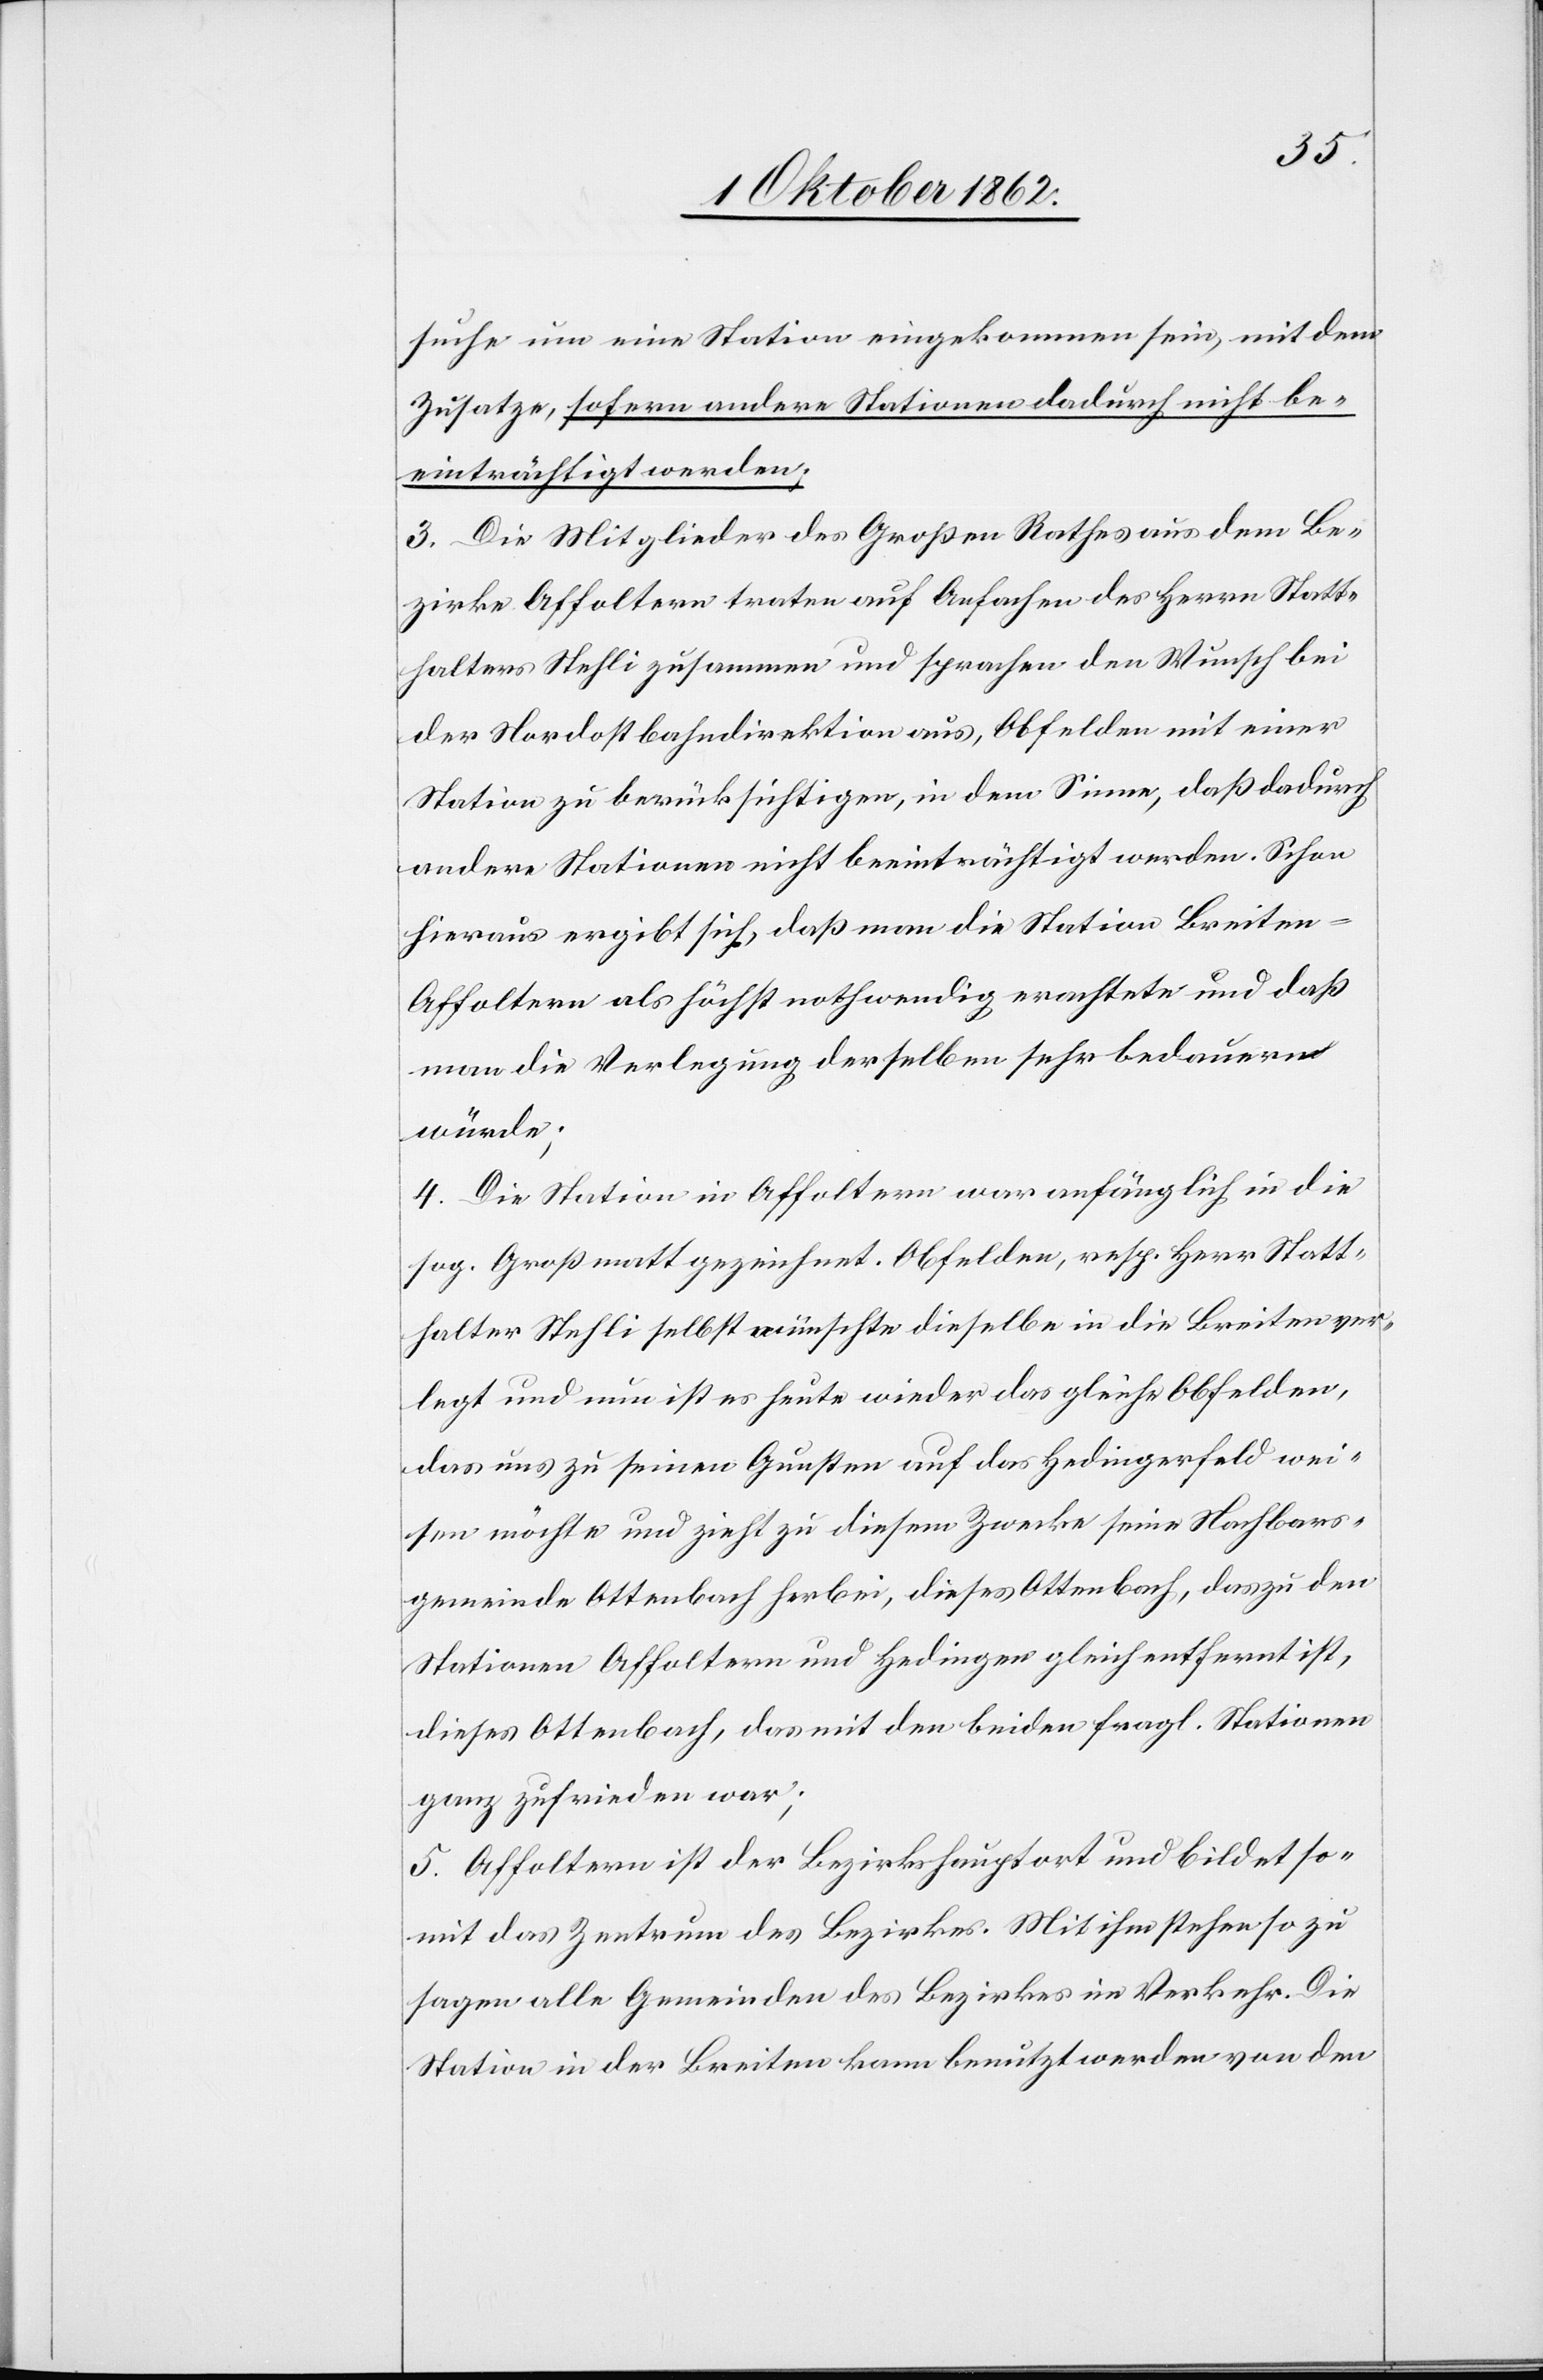
suche um eine Station eingekommen sein, mit dem
Zusatze, sofern andere Stationen dadurch nicht be¬
einträchtigt werden;
3. Die Mitglieder des Großen Rathes aus dem Be¬
zirke Affoltern traten auf Anfachen des Herrn Statt¬
halters Stehli zusammen und sprachen den Wunsch bei
der Nordostbahndirektion aus, Obfelden mit einer
Station zu berücksichtigen, in dem Sinne, daß dadurch
andere Stationen nicht beeinträchtigt werden. Schon
hieraus ergibt sich, daß man die Station Breite¬
n-Affoltern als höchst nothwendig erachtete und daß
man die Verlegung derselben sehr bedauern
würde;
4. Die Station in Affoltern war anfänglich in die
sog. Großmatt gezeichnet. Obfelden, resp. Herr Statt¬
halter Stehli selbst wünschte dieselbe in die Breiten ver¬
legt und nun ist es heute wieder das gleiche Obfelden,
das uns zu seinen Gunsten auf das Hedingerfeld wei¬
sen möchte und zieht zu diesem Zwecke seine Nachbars¬
gemeinde Ottenbach herbei, dieses Ottenbach, das zu den
Stationen Affoltern und Hedingen gleich entfernt ist,
dieses Ottenbach, das mit den beiden fragl. Stationen
ganz zufrieden war;
5. Affoltern ist der Bezirkshauptort und bildet so¬
mit das Zentrum des Bezirkes. Mit ihm stehen so zu
sagen alle Gemeinden des Bezirkes im Verkehr. Die
Station in der Breiten kann benutzt werden von den